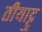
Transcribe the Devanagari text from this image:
तीयाट्टु